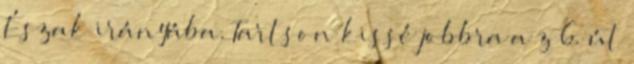
Észak irányába. Tartson kissé jobbra a z 6. út